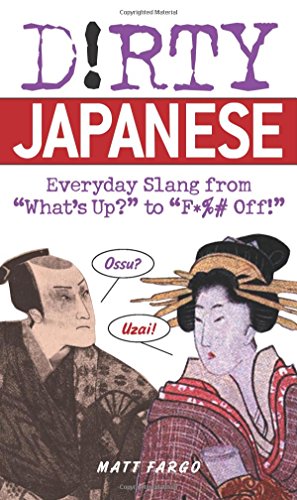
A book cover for Dirty Japanese: Everyday Slang from "What's Up?" to "F*%# Off!" (Dirty Everyday Slang); Matt Fargo; Reference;